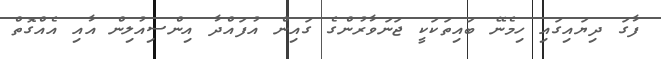
ފާގަ ދިޔައިގައި ހިމެނޭ ބައިތަކަކީ ޖަނަވާރުންގެ ގައިން އުފައްދާ އިންސިއުލިން އާއި އެެއްގޮތް